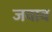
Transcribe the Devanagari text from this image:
जवाव